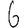
Digit: 6